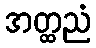
အတ္ထညံ